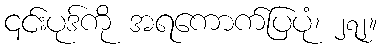
၎င်းပုဒ်ကို အရကောက်ပြပုံ၊ ၂၇၂။